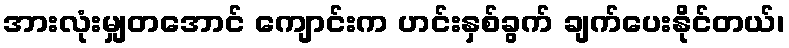
အားလုံးမျှတအောင် ကျောင်းက ဟင်းနှစ်ခွက် ချက်ပေးနိုင်တယ်၊